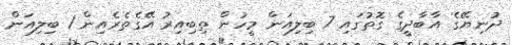
ދުނިޔޭގެ އާބާދީގެ ގޮތުގައި 7 ބިލިއަން މީހުން ތިބިއިރު އޭގެތެރެއިން 1 ބިލިއަން